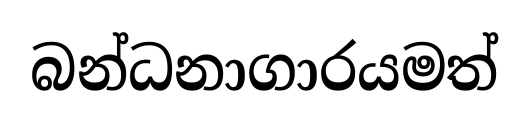
බන්ධනාගාරයමත්